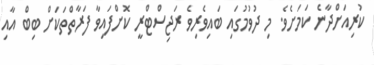
ކުރިއަށްދާނެ ކަމަށެވެ. މި ދުވުމުގައި ބައިވެރިވެ ރަޖިސްޓްރީ ކޮށްފައިވާ ފަރާތްތަކަށް ބިބް އާއި